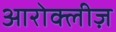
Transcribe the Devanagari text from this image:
आरोक्लीज़